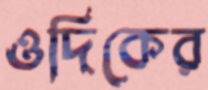
ওদিকের